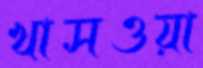
খাসওয়া